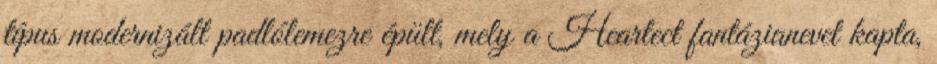
típus modernizált padlólemezre épült, mely a Heartect fantázianevet kapta,